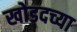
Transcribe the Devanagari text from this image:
खोडदच्या